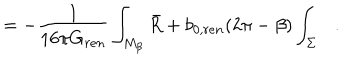
= - { \frac { 1 } { 1 6 \pi G _ { r e n } } } \int _ { M _ { \beta } } \bar { R } + b _ { 0 , r e n } ( 2 \pi - \beta ) \int _ { \Sigma } .